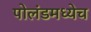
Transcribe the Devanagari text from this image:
पोलंडमध्येच